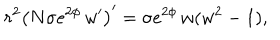
r ^ { 2 } \left( N \sigma e ^ { 2 \phi } \, w ^ { \prime } \right) ^ { \prime } = \sigma e ^ { 2 \phi } \, w ( w ^ { 2 } - 1 ) ,